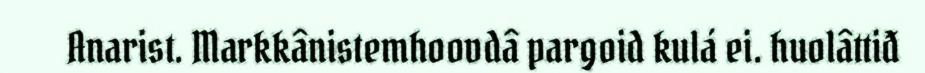
Anarist. Markkânistemhoovdâ pargoid kulá ei. huolâttiđ